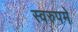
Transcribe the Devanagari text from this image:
स्वरुपमे